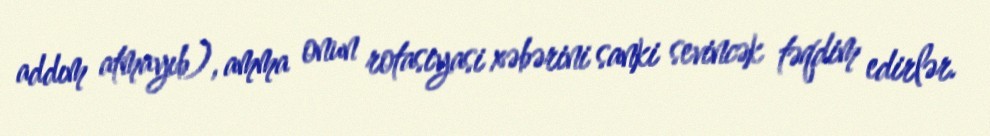
addım atmayıb), amma onun rotasiyasi xəbərini sanki sevincək təqdim edirlər.